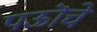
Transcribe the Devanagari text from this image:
पऊॊचे